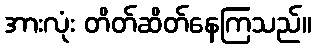
အားလုံး တိတ်ဆိတ်နေကြသည်။